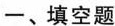
一、填空题